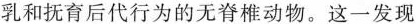
乳和抚育后代行为的无脊椎动物。这一发现